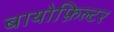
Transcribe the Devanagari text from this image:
बायोफ़िल्टर